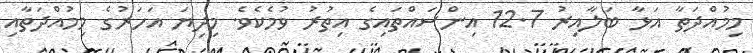
މިމުއްދަތާ އަޅާ ބަލާއިރު 12.7 އިންސައްތައިގެ އިތުރު ވުމެކެވެ. މިދިޔަ އަހަރުގެ މިމުއްދަތާއި